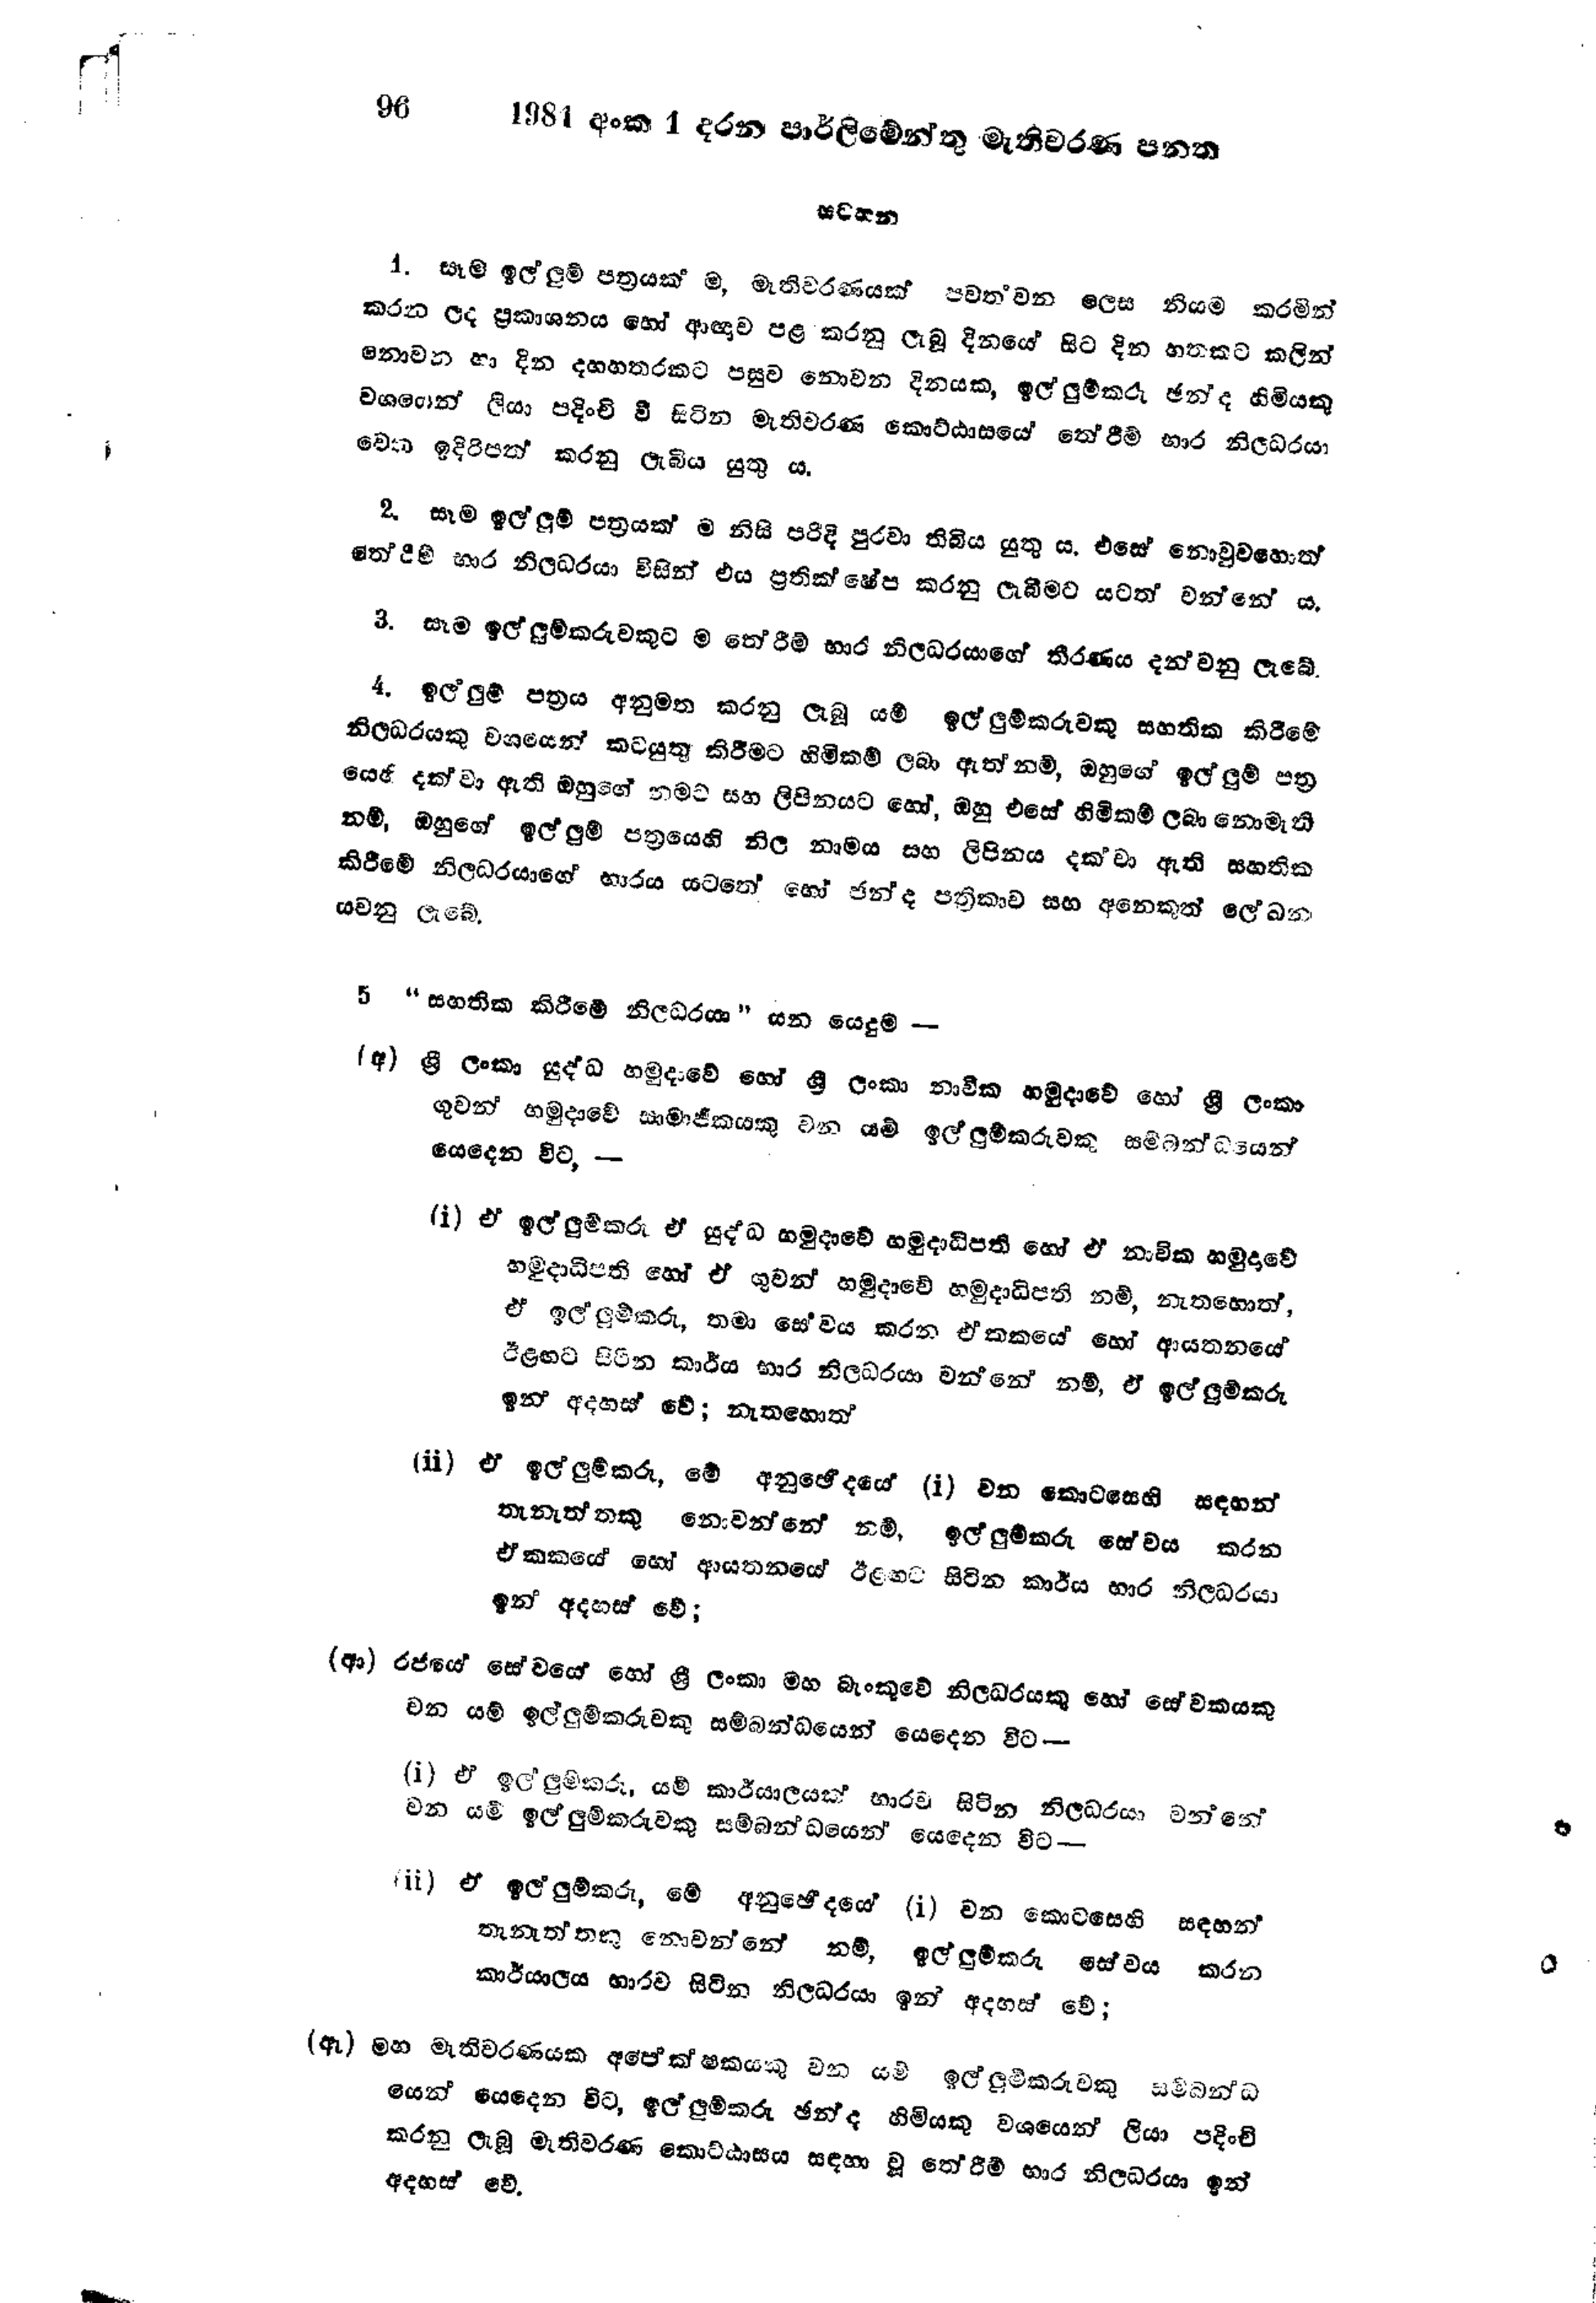
96	1981 අංක 1 දරන පාර්ලිමේන්තු මැතිවරණ පනත

සටහන

1. සෑම ඉල්ලුම් පත්‍රයක්‍ ම, මැතිවරණයක් පවත්වන ලෙස නියම කරමින්
කරන ලද ප්‍රකාශනය හෝ ආඥාව පළ කරනු ලැබූ දිනයේ සිට දින හතකට කලින්
නොවන හා දින දහහතරකට පසුව නොවන දිනයක, ඉල්ලුම්කරු ඡන්ද හිමියකු
වශයෙන් ලියා පදිංචි වී සිටින මැතිවරණ කොට්ඨාසයේ තේරිම් භාර නිලධරයා
වෙත ඉදිරිපත් කරනු ලැබිය යුතු ය.

2. සෑම ඉල්ලුම් පත්‍රයක් ම නිසි පරිදි පුරවා තිබිය යුතු ය. එසේ නොවුවහොත්
තේරීම් භාර නිලධරයා විසින් එය ප්‍රතික්ෂේප කරනු ලැබීමට යටත් වන්නේ ය.

3. සැම ඉල්ලුම්කරුවකුට ම තේරීම් භාර නිලධරයාගේ තීරණය දන්වනු ලැබේ.

4. ඉල්ලුම් පත්‍රය අනුමත කරනු ලැබූ යම් ඉල්ලුම්කරුවකු සහතික කිරීමේ
නිලධරයකු වශයෙන් කටයුතු කිරීමට හිමිකම් ලබා ඇත්නම්, ඔහුගේ ඉල්ලුම් පත්‍ර
යෙහි දක්වා ඇති ඔහුගේ නමට සහ ලිපිනයට හෝ, ඔහු එසේ හිමිකම් ලබා නොමැති
නම්, ඔහුගේ ඉල්ලුම් පත්‍රයෙහි නිල නාමය සහ ලිපිනය දක්වා ඇති සහතික
කිරීමේ නිලධරයාගේ භාරය යටතේ හෝ ඡන්ද පත්‍රිකාව සහ අනෙකුත් ලේඛන
යවනු ලැබේ.

5 "සහතික කිරීමේ නිලධරයා" යන යෙදුම-

(අ) ශ්‍රී ලංකා යුද්ධ හමුදාවේ හෝ ශ්‍රී ලංකා නාවික හමුදාවේ හෝ ශ්‍රී ලංකා
ගුවන් හමුදාවේ සාමාජිකයෙකු වන යම් ඉල්ලුම් කරුවකු සම්බන්ධයෙන්
යෙදෙන විට,-

(i) ඒ ඉල්ලුම්කරු ඒ යුද්ධ හමුදාවේ හමුදාධිපති හෝ ඒ නාවික හමුදාවේ
හමුදාධිපති හෝ ඒ ගුවන් හමුදාවේ හමුදාධිපති නම්, නැතහොත්,
ඒ ඉල්ලුම්කරු, තමා සේවය කරන ඒකකයේ හෝ ආයතනයේ
ඊළඟට සිටින කාර්ය භාර නිලධරයා වන්නේ නම්, ඒ ඉල්ලුම් කරු
ඉන් අදහස් වේ; නැතහොත්

(ii) ඒ ඉල්ලුම්කරු, මේ අනුඡේදයේ (1) වන කොටසෙහි සඳහන්
තැනැත්තකු නොවන්නේ නම්, ඉල්ලුම්කරු සේවය කරන
ඒකකයේ හෝ ආයතනයේ ඊළඟට සිටින කාර්ය භාර නිලධරයා
ඉන් අදහස් වේ;

(ආ) රජයේ සේවයේ හෝ ශ්‍රී ලංකා මහ බැංකුවේ නිලධරයකු හෝ සේවකයකු
වන යම් ඉල්ලුම්කරුවකු සම්බන්ධයෙන් යෙදෙන විට

(i) ඒ ඉල්ලුම්කරු, යම් කාර්යාලයක් භාරව සිටින නිලධරයා වන්නේ
වන යම් ඉල්ලුම්කරුවකු සම්බන්ධයෙන් යෙදෙන විට--

(ii) ඒ ඉල්ලුම්කරු, මේ අනුඡේදයේ (i) වන කොටසෙහි සඳහන්
තැනැත්තකු නොවන්නේ නම්, ඉල්ලුම්කරු සේවය කරන
කාර්යාලය භාරව සිටින නිලධරයා ඉන් අදහස් වේ;

(ඇ) මහ මැතිවරණයක අපේක්ෂකයකු වන යම් ඉල්ලුම්කරුවකු සම්බන්ධ
යෙන් යෙදෙන විට, ඉල්ලුම්කරු ඡන්ද හිමියකු වශයෙන් ලියා පදිංචි
කරනු ලැබූ මැතිවරණ කොට්ඨාසය සඳහා වූ තේරීම් භාර නිලධරයා ඉන්
අදහස් වේ.